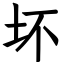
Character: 坏